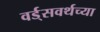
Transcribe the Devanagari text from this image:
वर्ड्‌सवर्थच्या